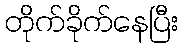
တိုက်ခိုက်နေပြီး